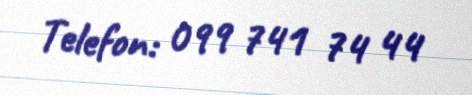
Telefon: 099 741 74 44